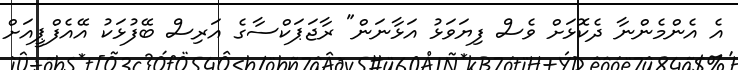
އެ އެންމެންނާ ދެކޮޅަށް ވެސް ފިޔަވަޅު އަޅާނަން" ރާޖަޕަކްސާގެ އަރިސް ބޭފުޅަކު އޭއެފްޕީއަށް